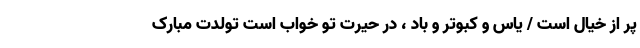
پر از خیال است / یاس و کبوتر و باد ، در حیرت تو خواب است تولدت مبارک